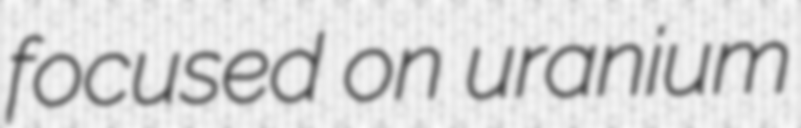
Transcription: focused on uranium